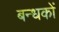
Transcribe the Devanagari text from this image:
बन्धकों